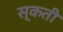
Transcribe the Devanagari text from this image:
स्कती